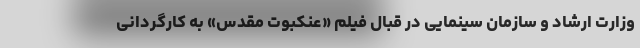
وزارت ارشاد و سازمان سینمایی در قبال فیلم «عنکبوت مقدس» به کارگردانی